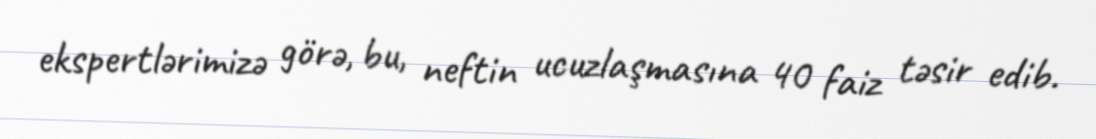
ekspertlərimizə görə, bu, neftin ucuzlaşmasına 40 faiz təsir edib.